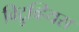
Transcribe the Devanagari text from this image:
विट्रुव्हियस